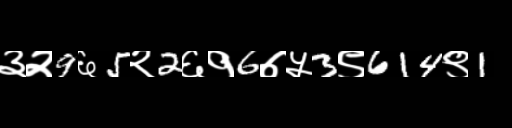
Text: ३२9६5२2६१6७५3९614९1